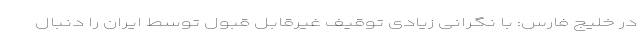
در خلیج فارس: با نگرانی زیادی توقیف غیرقابل قبول توسط ایران را دنبال